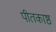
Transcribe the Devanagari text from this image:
पीतकाष्ठ